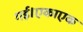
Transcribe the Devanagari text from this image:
गई।एकाएक